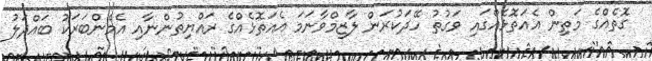
ގޮތެއްގެ މަތިން އެއަތޮޅެއްގައި ވަގުތު ހޭދަކުރަން ލާޒިމްވާނަމަ އެއަތޮޅެއްގެ ރައްޔިތުންނާއި އެމެންބަރަކު ބައްދަލު